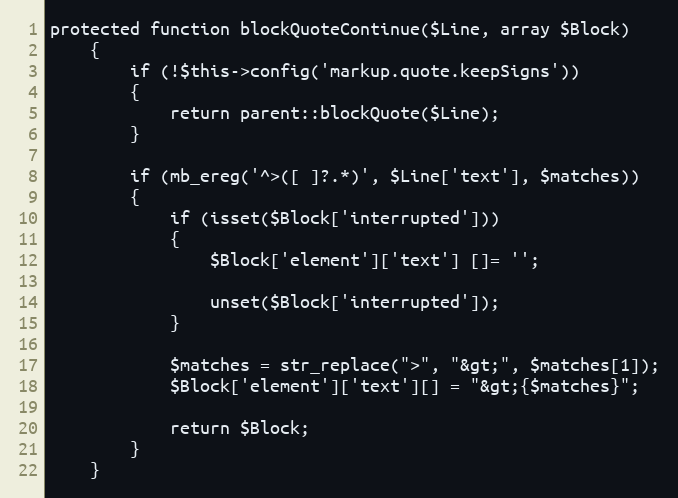
Language: PHP
protected function blockQuoteContinue($Line, array $Block)
    {
        if (!$this->config('markup.quote.keepSigns'))
        {
            return parent::blockQuote($Line);
        }

        if (mb_ereg('^>([ ]?.*)', $Line['text'], $matches))
        {
            if (isset($Block['interrupted']))
            {
                $Block['element']['text'] []= '';

                unset($Block['interrupted']);
            }

            $matches = str_replace(">", "&gt;", $matches[1]);
            $Block['element']['text'][] = "&gt;{$matches}";

            return $Block;
        }
    }